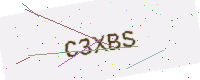
Text: C3XBS